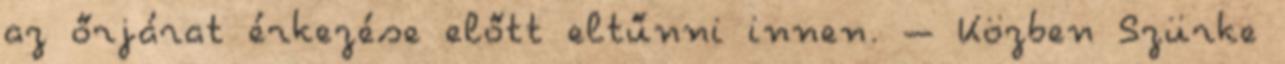
az őrjárat érkezése előtt eltűnni innen. – Közben Szürke